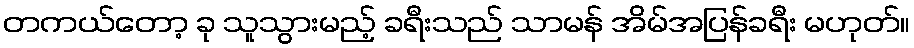
တကယ်တော့ ခု သူသွားမည့် ခရီးသည် သာမန် အိမ်အပြန်ခရီး မဟုတ်။